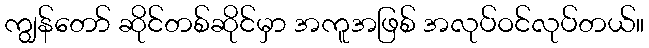
ကျွန်တော် ဆိုင်တစ်ဆိုင်မှာ အကူအဖြစ် အလုပ်ဝင်လုပ်တယ်။